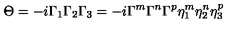
\Theta = - i \Gamma _ { 1 } \Gamma _ { 2 } \Gamma _ { 3 } = - i \Gamma ^ { m } \Gamma ^ { n } \Gamma ^ { p } \eta _ { 1 } ^ { m } \eta _ { 2 } ^ { n } \eta _ { 3 } ^ { p }